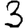
Digit: 3